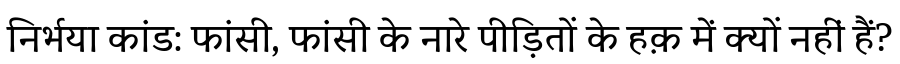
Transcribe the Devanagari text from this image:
निर्भया कांड: फांसी, फांसी के नारे पीड़ितों के हक़ में क्यों नहीं हैं?